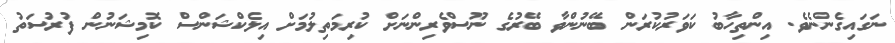
ނަގައިގެންނެވެ. އިންތިހާބު ކަވަރުކުރަން ބޭނުންވާ ބޭރުގެ ނޫސްވެރިންނަށް ކުރިމަތިލުމަށް އިލެކްޝަންސް ކޮމިޝަނުން ފުރުސަތު